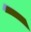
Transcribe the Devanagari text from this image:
ॱ